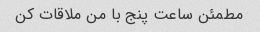
مطمئن ساعت پنج با من ملاقات کن